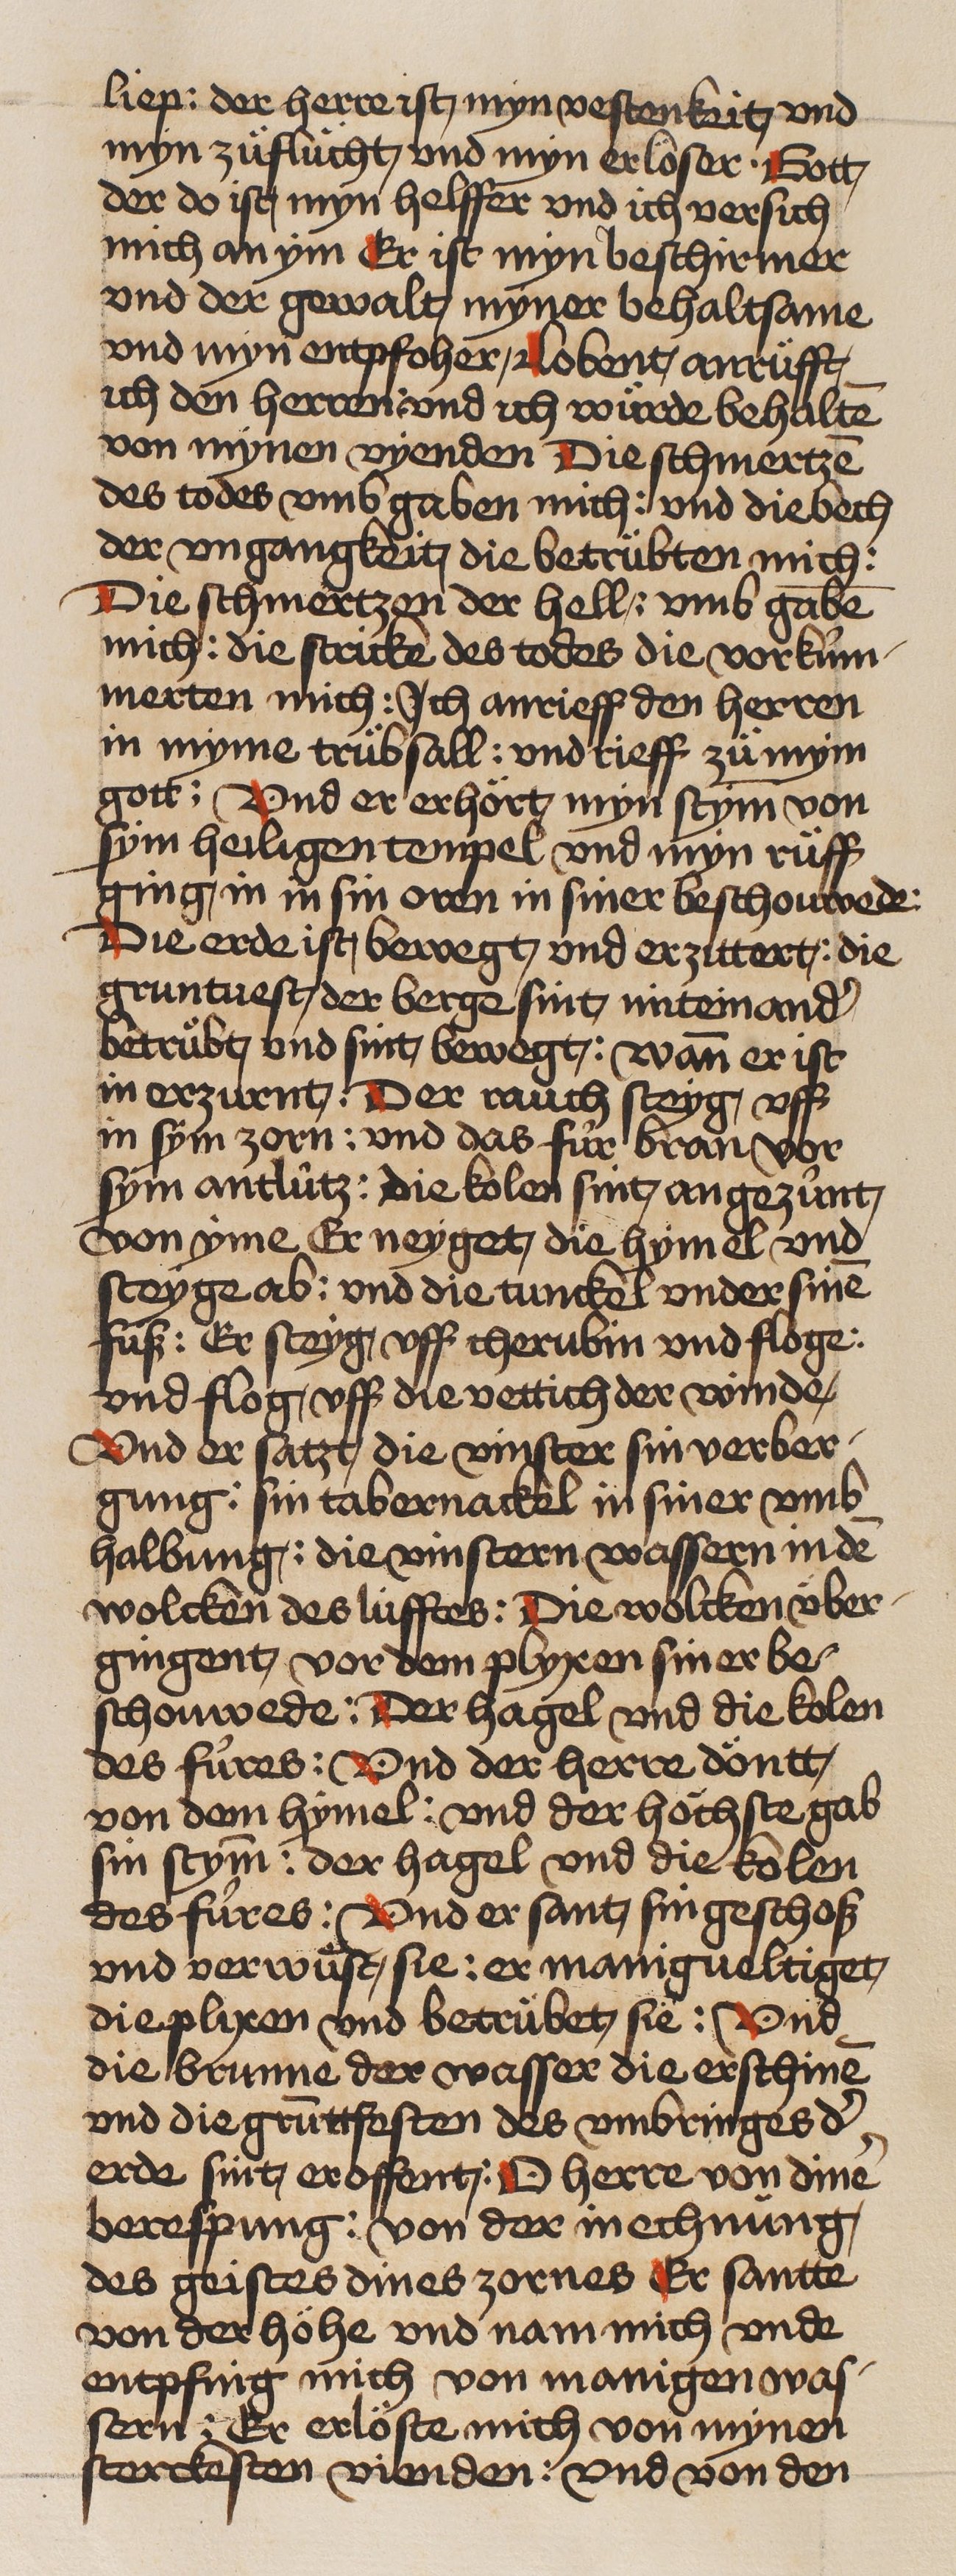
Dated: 1466–1499